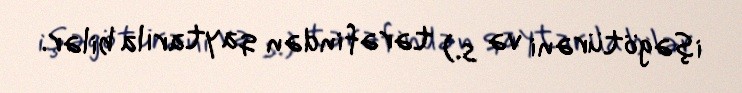
işəgötürəni və s.) tərəfindən qaytarıla bilər.